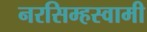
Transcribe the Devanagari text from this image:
नरसिम्हस्वामी